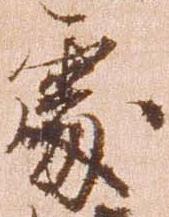
処